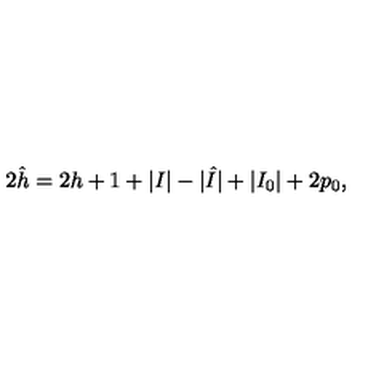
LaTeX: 2 \hat { h } = 2 h + 1 + | I | - | \hat { I } | + | I _ { 0 } | + 2 p _ { 0 } ,